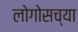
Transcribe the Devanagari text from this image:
लोगोसच्या